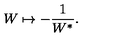
W \mapsto - \frac { 1 } { W ^ { * } } .